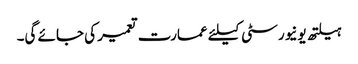
ہیلتھ یونیورسٹی کیلئے عمارت تعمیر کی جائے گی۔